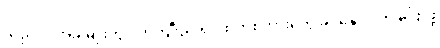
သည်လို အခါမျိုးတွင် ကိုကျီးညိုရင်ထဲကစကားတွေ ခင်နှောင်းကို ပြောဖို့